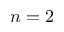
n = 2